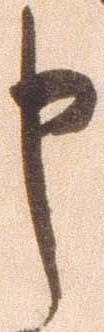
申